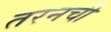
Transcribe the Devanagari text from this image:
तरनची